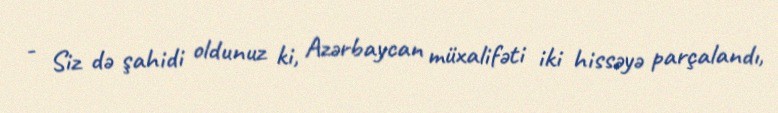
- Siz də şahidi oldunuz ki, Azərbaycan müxalifəti iki hissəyə parçalandı,